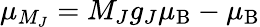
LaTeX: \mu_{M_{J}}=M_{J}g_{J}\mu_{\mathrm{B}}-\mu_{\mathrm{B}}